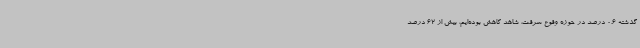
گذشته 0.6 درصد در حوزه وقوع سرقت، شاهد کاهش بوده‌ایم، بیش از 62 درصد